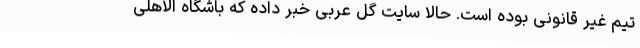
تیم غیر قانونی بوده است. حالا سایت گل عربی خبر داده که باشگاه الاهلی